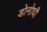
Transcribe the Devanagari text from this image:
डोनोघी